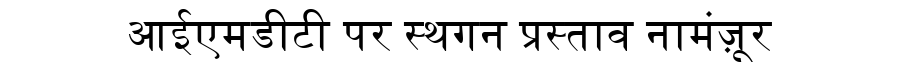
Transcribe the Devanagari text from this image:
आईएमडीटी पर स्थगन प्रस्ताव नामंज़ूर